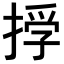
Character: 𢰏